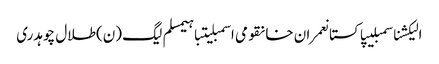
الیکشناسمبلیپاکستانعمران خانقومی اسمبلیتباہیمسلم لیگ (ن)طلال چوہدری